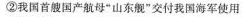
②我国首艘国产航母”山东舰”交付我国海军使用